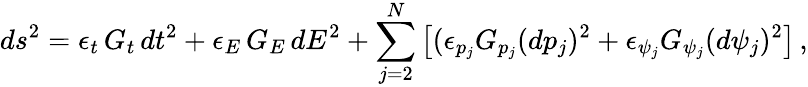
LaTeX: ds^{2}=\epsilon_{t}\, G_{t}\, dt^{2}+\epsilon_{E}\, G_{E}\, dE^{2}+\sum_{j=2}^{N}\left[(\epsilon_{p_{j}}G_{p_{j}}(dp_{j})^{2}+\epsilon_{\psi_{j}}G_{\psi_{j}}(d\psi_{j})^{2}\right]\, ,